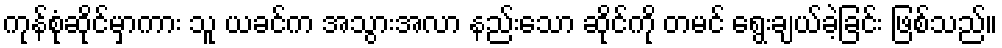
ကုန်စုံဆိုင်မှာကား သူ ယခင်က အသွားအလာ နည်းသော ဆိုင်ကို တမင် ရွေးချယ်ခဲ့ခြင်း ဖြစ်သည်။